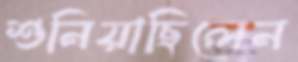
শুনিয়াছিলেন